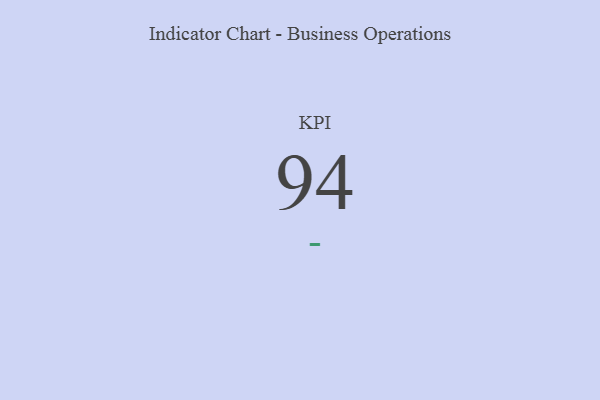
{"axis": {"x": "KPI", "y": "Value"}, "legend": [""], "data": [{"x": "KPI", "y": 94, "type": ""}]}